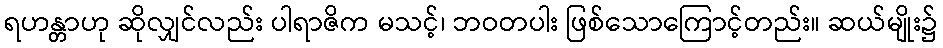
ရဟန္တာဟု ဆိုလျှင်လည်း ပါရာဇိက မသင့်၊ ဘဝတပါး ဖြစ်သောကြောင့်တည်း။ ဆယ်မျိုး၌